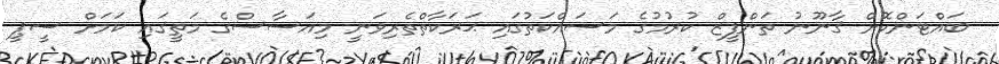
ބައްޓަންކޮށް ޤާނޫނު ތަންފީޒް ކުރުމުގެ މަސައްކަތުގައި ޙަރަކާތްތެރިވަނީ މިއަސާސްގެ މަތީގައި ކަމަށް ސީޕީ